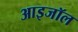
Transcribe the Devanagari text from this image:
आइजॉल